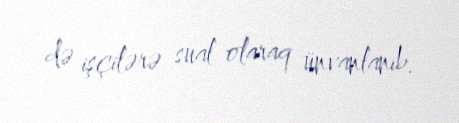
də işçilərə sual olaraq ünvanlanıb.